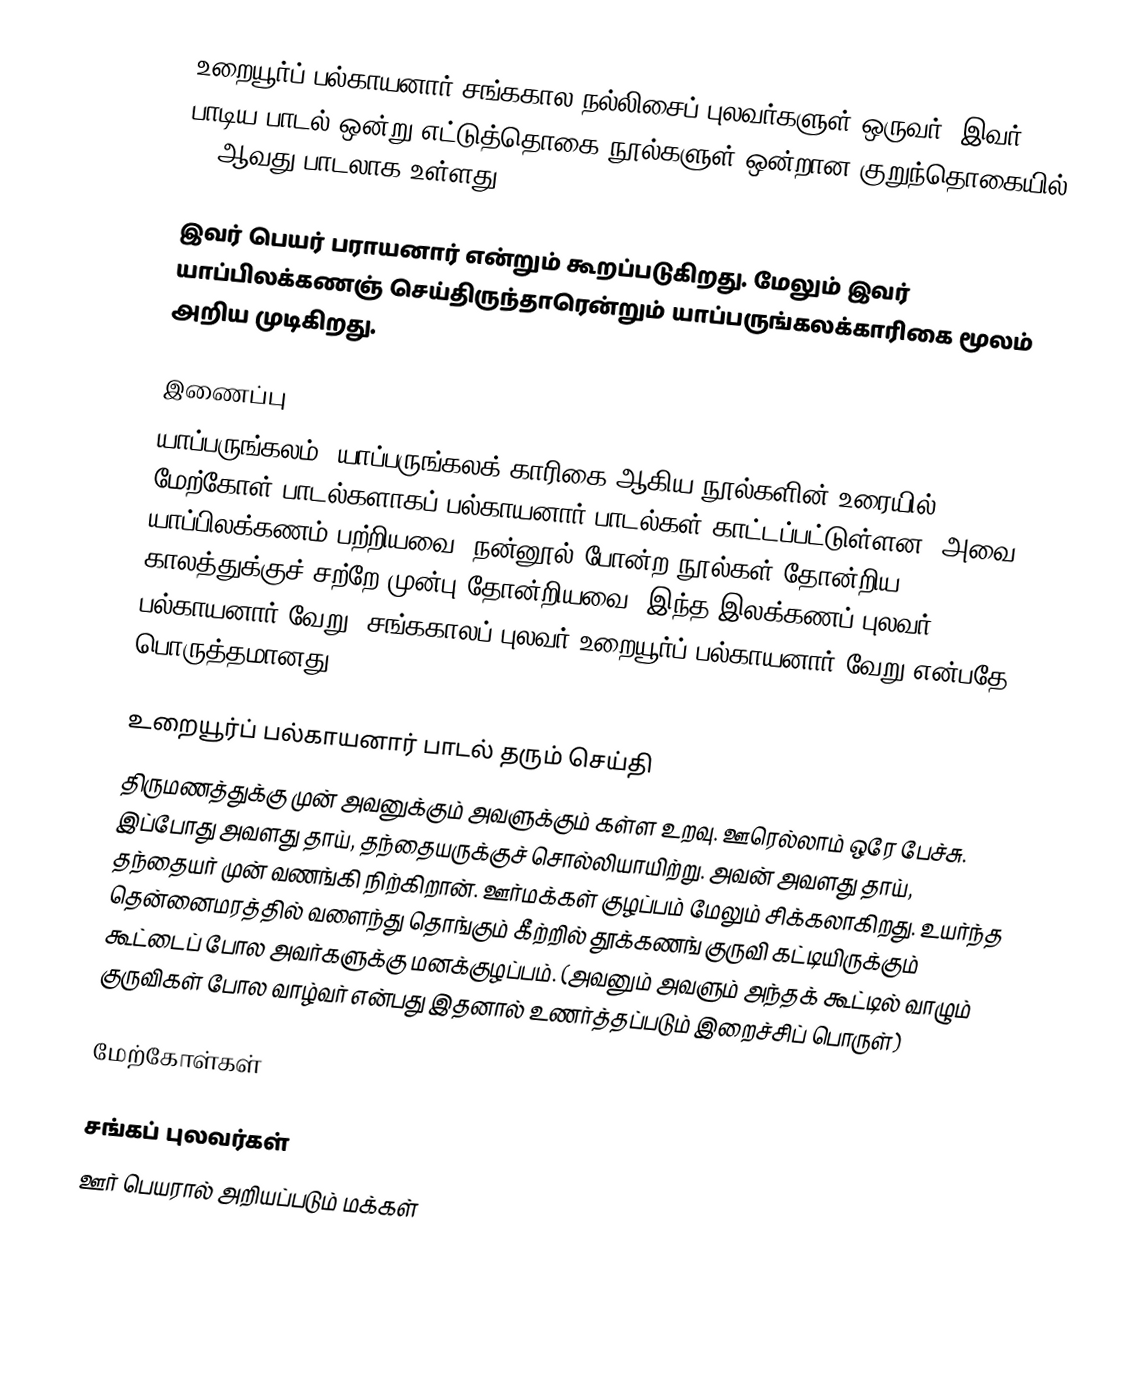
உறையூர்ப் பல்காயனார் சங்ககால நல்லிசைப் புலவர்களுள் ஒருவர். இவர் பாடிய பாடல் ஒன்று எட்டுத்தொகை நூல்களுள் ஒன்றான குறுந்தொகையில் 374ஆவது பாடலாக உள்ளது.

இவர் பெயர் பராயனார் என்றும் கூறப்படுகிறது. மேலும் இவர் யாப்பிலக்கணஞ் செய்திருந்தாரென்றும் யாப்பருங்கலக்காரிகை  மூலம் அறிய முடிகிறது.

இணைப்பு
யாப்பருங்கலம், யாப்பருங்கலக் காரிகை ஆகிய நூல்களின் உரையில் மேற்கோள் பாடல்களாகப் பல்காயனார் பாடல்கள் காட்டப்பட்டுள்ளன. அவை யாப்பிலக்கணம் பற்றியவை. நன்னூல் போன்ற நூல்கள் தோன்றிய காலத்துக்குச் சற்றே முன்பு தோன்றியவை. இந்த இலக்கணப் புலவர் பல்காயனார் வேறு, சங்ககாலப் புலவர் உறையூர்ப் பல்காயனார் வேறு என்பதே பொருத்தமானது.

உறையூர்ப் பல்காயனார் பாடல் தரும் செய்தி
திருமணத்துக்கு முன் அவனுக்கும் அவளுக்கும் கள்ள உறவு. ஊரெல்லாம் ஒரே பேச்சு. இப்போது அவளது தாய், தந்தையருக்குச் சொல்லியாயிற்று. அவன் அவளது தாய், தந்தையர் முன் வணங்கி நிற்கிறான். ஊர்மக்கள் குழப்பம் மேலும் சிக்கலாகிறது. உயர்ந்த தென்னைமரத்தில் வளைந்து தொங்கும் கீற்றில் தூக்கணங் குருவி கட்டியிருக்கும் கூட்டைப் போல அவர்களுக்கு மனக்குழப்பம். (அவனும் அவளும் அந்தக் கூட்டில் வாழும் குருவிகள் போல வாழ்வர் என்பது இதனால் உணர்த்தப்படும் இறைச்சிப் பொருள்)

மேற்கோள்கள்

சங்கப் புலவர்கள்
ஊர் பெயரால் அறியப்படும் மக்கள்